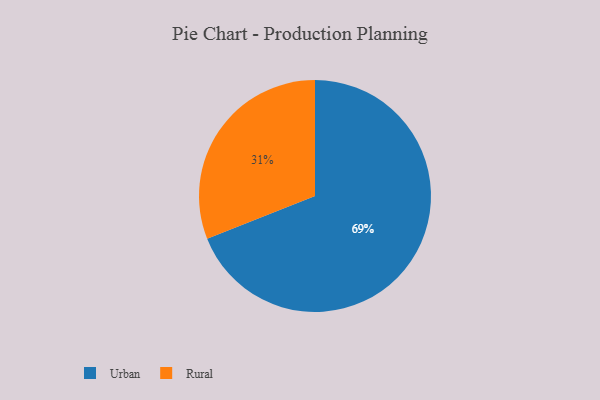
{"axis": {"x": "Category", "y": "Percentage"}, "legend": ["Rural", "Urban"], "data": [{"x": "Urban", "y": 69, "type": "Urban"}, {"x": "Rural", "y": 31, "type": "Rural"}]}